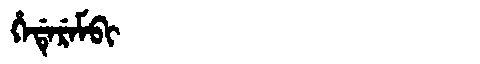
Manchu: ᡥᡝᡩᡝᡵᡝᠮᠪᡳ
Romanization: HEDEREMBI